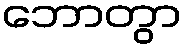
ဘောတွာ